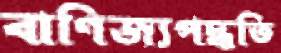
বাণিজ্যপদ্ধতি